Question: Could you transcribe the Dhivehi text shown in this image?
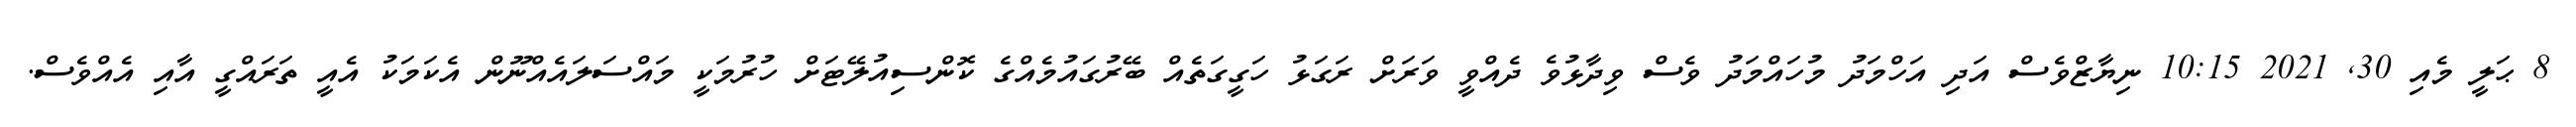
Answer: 8 ޙަލީ މެއި 30, 2021 10:15 ނިޔާޒްވެސް އަދި އަހްމަދު މުހައްމަދު ވެސް ވިދާޅުވެ ދެއްވީ ވަރަށް ރަގަޅު ހަގީގަތެއް ބޭރުގައުމެއްގެ ކޮންސިއުލޭޓަށް ހުރުމަކީ މައްސަލައެއްނޫން އެކަމަކު އެއީ ތަރައްގީ އާއި އެއްވެސް.